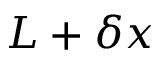
L + \delta x